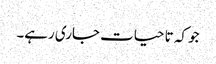
جو کہ تا حیات جاری رہے۔